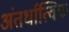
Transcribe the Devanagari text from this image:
अंतर्धात्विक